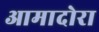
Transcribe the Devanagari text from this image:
आमादोरा